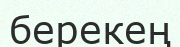
берекең